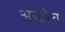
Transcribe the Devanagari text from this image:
अप्प्रोच